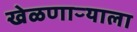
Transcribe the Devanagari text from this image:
खेळणाऱ्याला